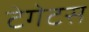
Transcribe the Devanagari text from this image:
टेगेटस